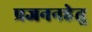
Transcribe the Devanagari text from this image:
प्रजननहेतु